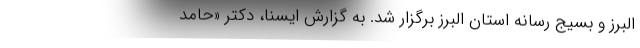
البرز و بسیج رسانه استان البرز برگزار شد. به گزارش ایسنا، دکتر «حامد